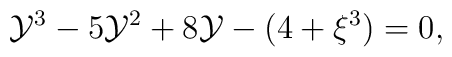
{{\cal{Y}}}^3-5{{\cal{Y}}}^2+8{\cal{Y}}-(4+\xi^{3})=0,